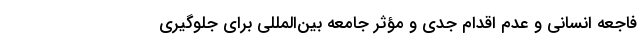
فاجعه انسانی و عدم اقدام جدی و مؤثر جامعه بین‌المللی برای جلوگیری